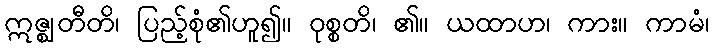
ဣဇ္ဈတီတိ၊ ပြည့်စုံ၏ဟူ၍။ ဝုစ္စတိ၊ ၏။ ယထာဟ၊ ကား။ ကာမံ၊